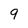
Character: 9